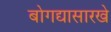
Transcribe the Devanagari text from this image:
बोगद्यासारखे